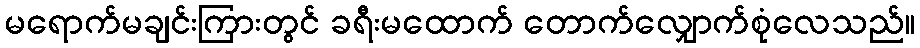
မရောက်မချင်းကြားတွင် ခရီးမထောက် တောက်လျှောက်စုံလေသည်။